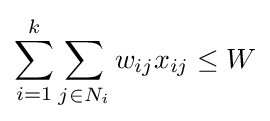
\sum _{i=1}^{k}\sum _{j\in N_{i}}w_{ij}x_{ij}\leq W